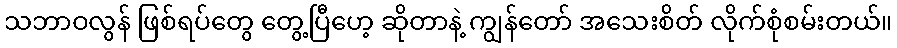
သဘာဝလွန် ဖြစ်ရပ်တွေ တွေ့ပြီဟေ့ ဆိုတာနဲ့ ကျွန်တော် အသေးစိတ် လိုက်စုံစမ်းတယ်။